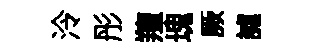
泠彤羶瑰厥謔